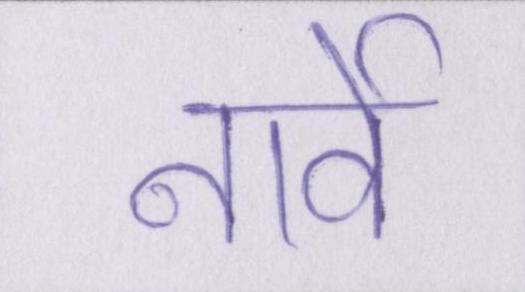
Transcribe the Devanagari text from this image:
नार्वे